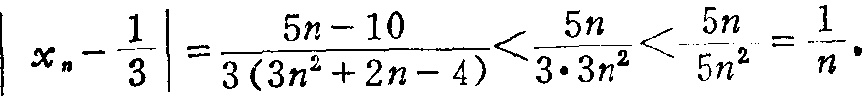
\(\left|x_{n}-\frac{1}{3}\right|=\frac{5n - 10}{3(3n^{2}+2n - 4)}<\frac{5n}{3\cdot3n^{2}}<\frac{5n}{5n^{2}}=\frac{1}{n}\cdot\)